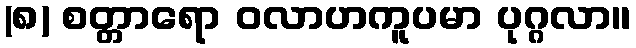
(၈) စတ္တာရော ဝလာဟကူပမာ ပုဂ္ဂလာ။